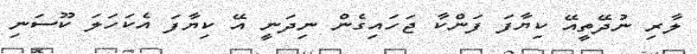
ލާރި ނުދޭތީއޭ ކިޔާފަ ފަންކާ ޖަހައިގެން ނިދަނީ އޭ ކިޔާފަ އެކަހަލަ ކޫސަނި